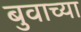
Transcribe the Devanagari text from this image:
बुवाच्या